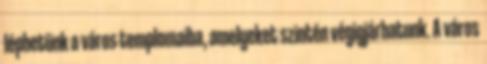
léphetünk a város templomaiba, amelyeket szintén végigjárhatunk. A város